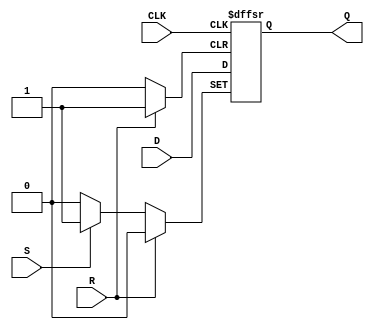
module negedge_d_flip_flop (
    input D,
    input CLK,
    input R,
    input S,
    output reg Q
);

always @(negedge CLK or posedge R or posedge S) begin
    if (R) begin
        Q <= 1'b0;
    end else if (S) begin
        Q <= 1'b1;
    end else begin
        Q <= D;
    end
end

endmodule